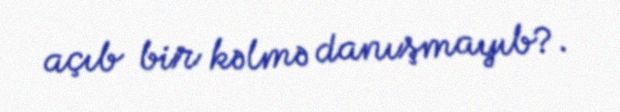
açıb bir kəlmə danışmayıb?.